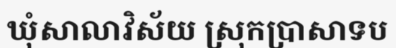
ឃុំសាលាវិស័យ ស្រុកប្រាសាទប